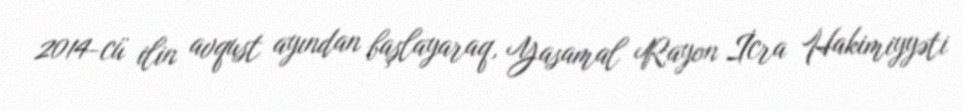
2014-cü ilin avqust ayından başlayaraq, Yasamal Rayon İcra Hakimiyyəti